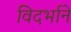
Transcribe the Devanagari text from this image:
विदर्भाने